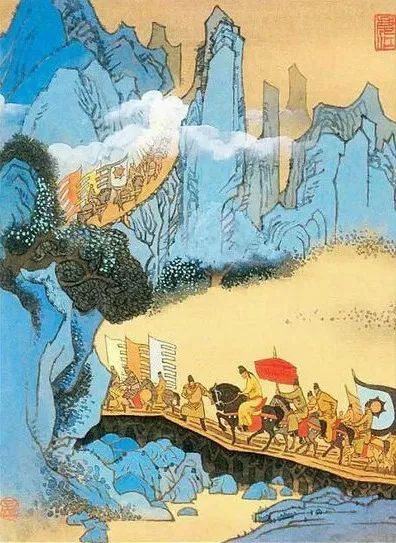
峨嵋山下少人行，旌旗无光日色薄。